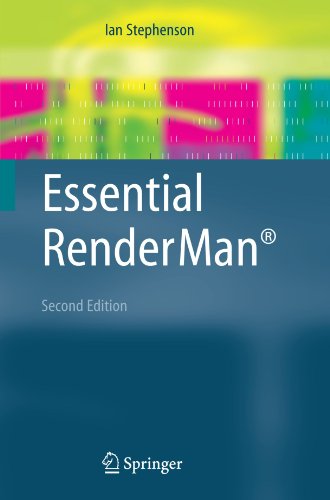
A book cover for Essential RenderManÂ®; Ian Stephenson; Computers & Technology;